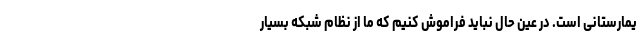
یمارستانی است. در عین حال نباید فراموش کنیم که ما از نظام شبکه بسیار